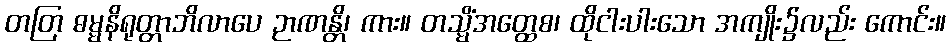
တတြ ဓမ္မနိရုတ္တာဘိလာပေ ဉာဏန္တိ၊ ကား။ တသ္မိံအတ္ထေစ၊ ထိုငါးပါးသော အကျိုး၌လည်း ကောင်း။